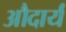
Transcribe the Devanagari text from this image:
औदार्यं